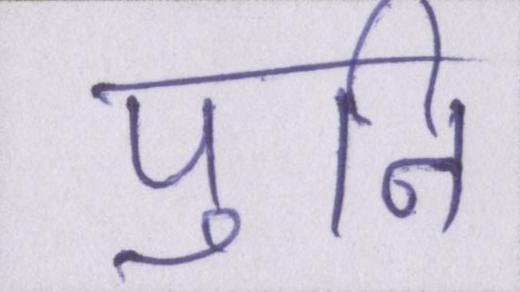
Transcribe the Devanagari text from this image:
पुनि